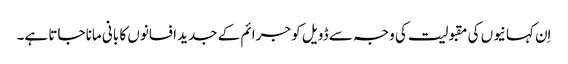
اِن کہانیوں کی مقبولیت کی وجہ سے ڈویل کو جرائم کے جدید افسانوں کا بانی مانا جاتا ہے۔